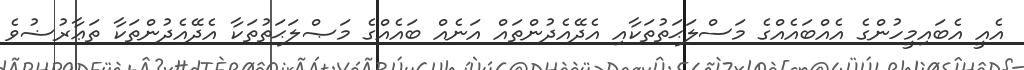
އެއީ އެބައިމީހުންގެ އެއްބައެއްގެ މަސްލަޙަތުތަކާއި އެދޭއެދުންތައް އަނެއް ބައެއްގެ މަޞްލަޙަތުތަކާ އެދޭއެދުންތަކާ ތަޢާރުޟުވެ